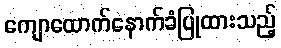
ကျောထောက်နောက်ခံပြုထားသည့်